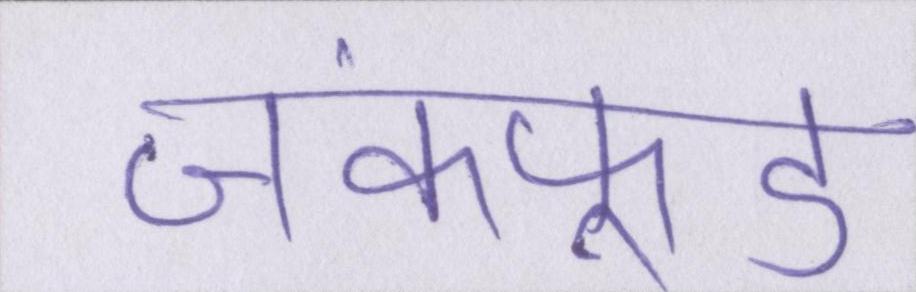
जंकफूड